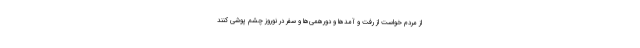
از مردم خواست از رفت و آمدها و دورهمی‌ها و سفر در نوروز چشم پوشی کنند